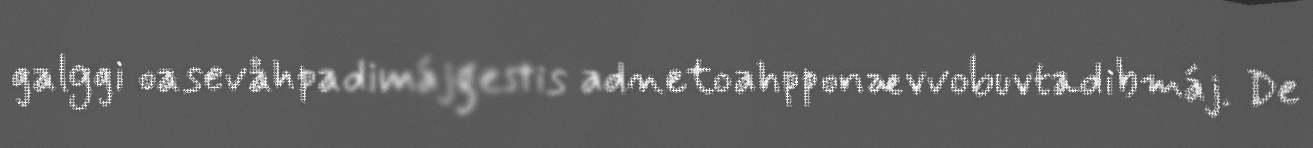
galggi oasevåhpadimájgestis adnetoahpponævvobuvtadibmáj. De